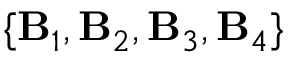
\{ { \bf B } _ { 1 } , { \bf B } _ { 2 } , { \bf B } _ { 3 } , { \bf B } _ { 4 } \}